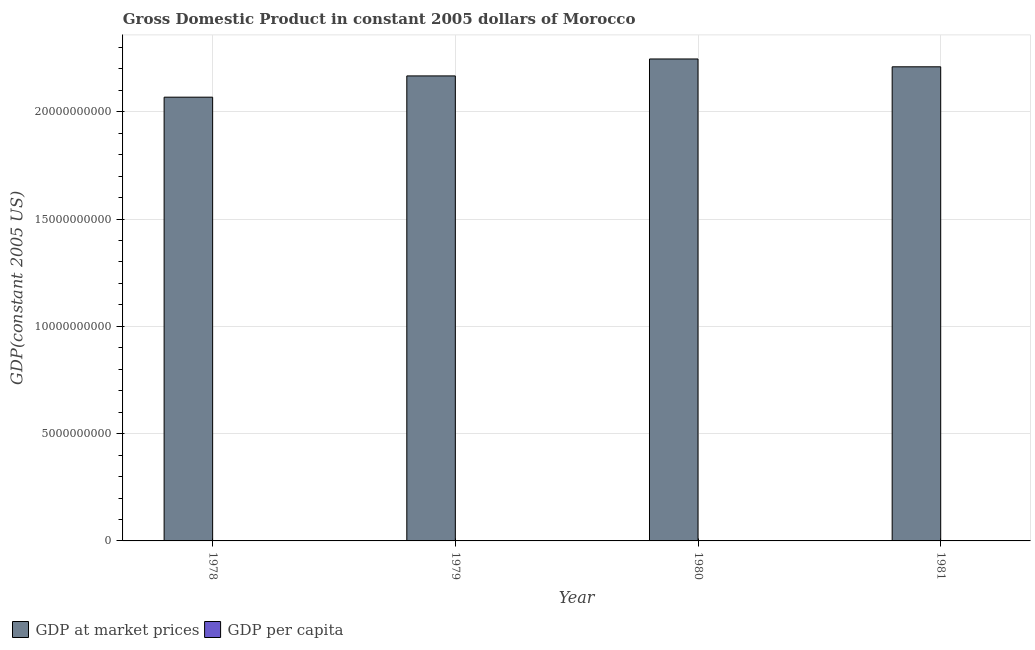
| Year | GDP at market prices | GDP per capita |
 | --- | --- | --- |
 | 1978 | 2.07e+10 | 1.07e+03 |
 | 1979 | 2.17e+10 | 1.1e+03 |
 | 1980 | 2.25e+10 | 1.11e+03 |
 | 1981 | 2.21e+10 | 1.07e+03 |